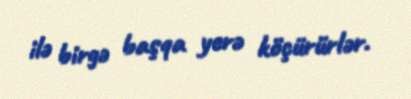
ilə birgə başqa yerə köçürürlər.